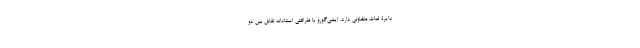
دایرۀ لغات متفاوتی دارد. ایشی‌گورو با ظرافتی استادانه تقابل بین دو